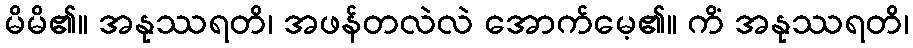
မိမိ၏။ အနုဿရတိ၊ အဖန်တလဲလဲ အောက်မေ့၏။ ကိံ အနုဿရတိ၊